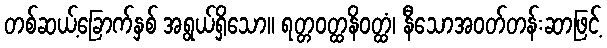
တစ်ဆယ့်ခြောက်နှစ် အရွယ်ရှိသော။ ရတ္တဝတ္ထနိဝတ္ထံ၊ နီသောအဝတ်တန်းဆာဖြင့်